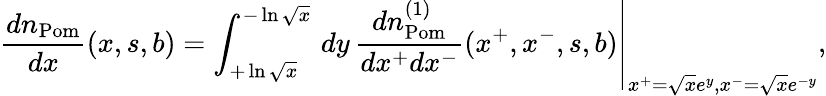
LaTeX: \frac{dn_{\mathrm{Pom}}}{dx}(x,s,b)=\left.\int_{+\ln\sqrt{x}}^{-\ln\sqrt{x}}\, dy\, \frac{dn_{\mathrm{Pom}}^{(1)}}{dx^{+}dx^{-}}(x^{+},x^{-},s,b)\right|_{x^{+}=\sqrt{x}e^{y},x^{-}=\sqrt{x}e^{-y}},